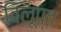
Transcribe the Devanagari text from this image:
विलूप्त